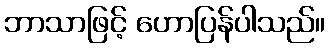
ဘာသာဖြင့် ဟောပြန်ပါသည်။